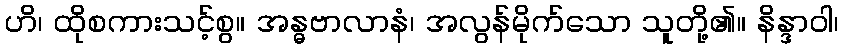
ဟိ၊ ထိုစကားသင့်စွ။ အန္ဓဗာလာနံ၊ အလွန်မိုက်သော သူတို့၏။ နိန္ဒာဝါ၊